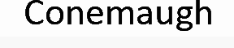
Conemaugh